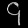
Digit: ၄